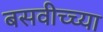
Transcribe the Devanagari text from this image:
बसवीच्च्या